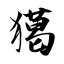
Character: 獦